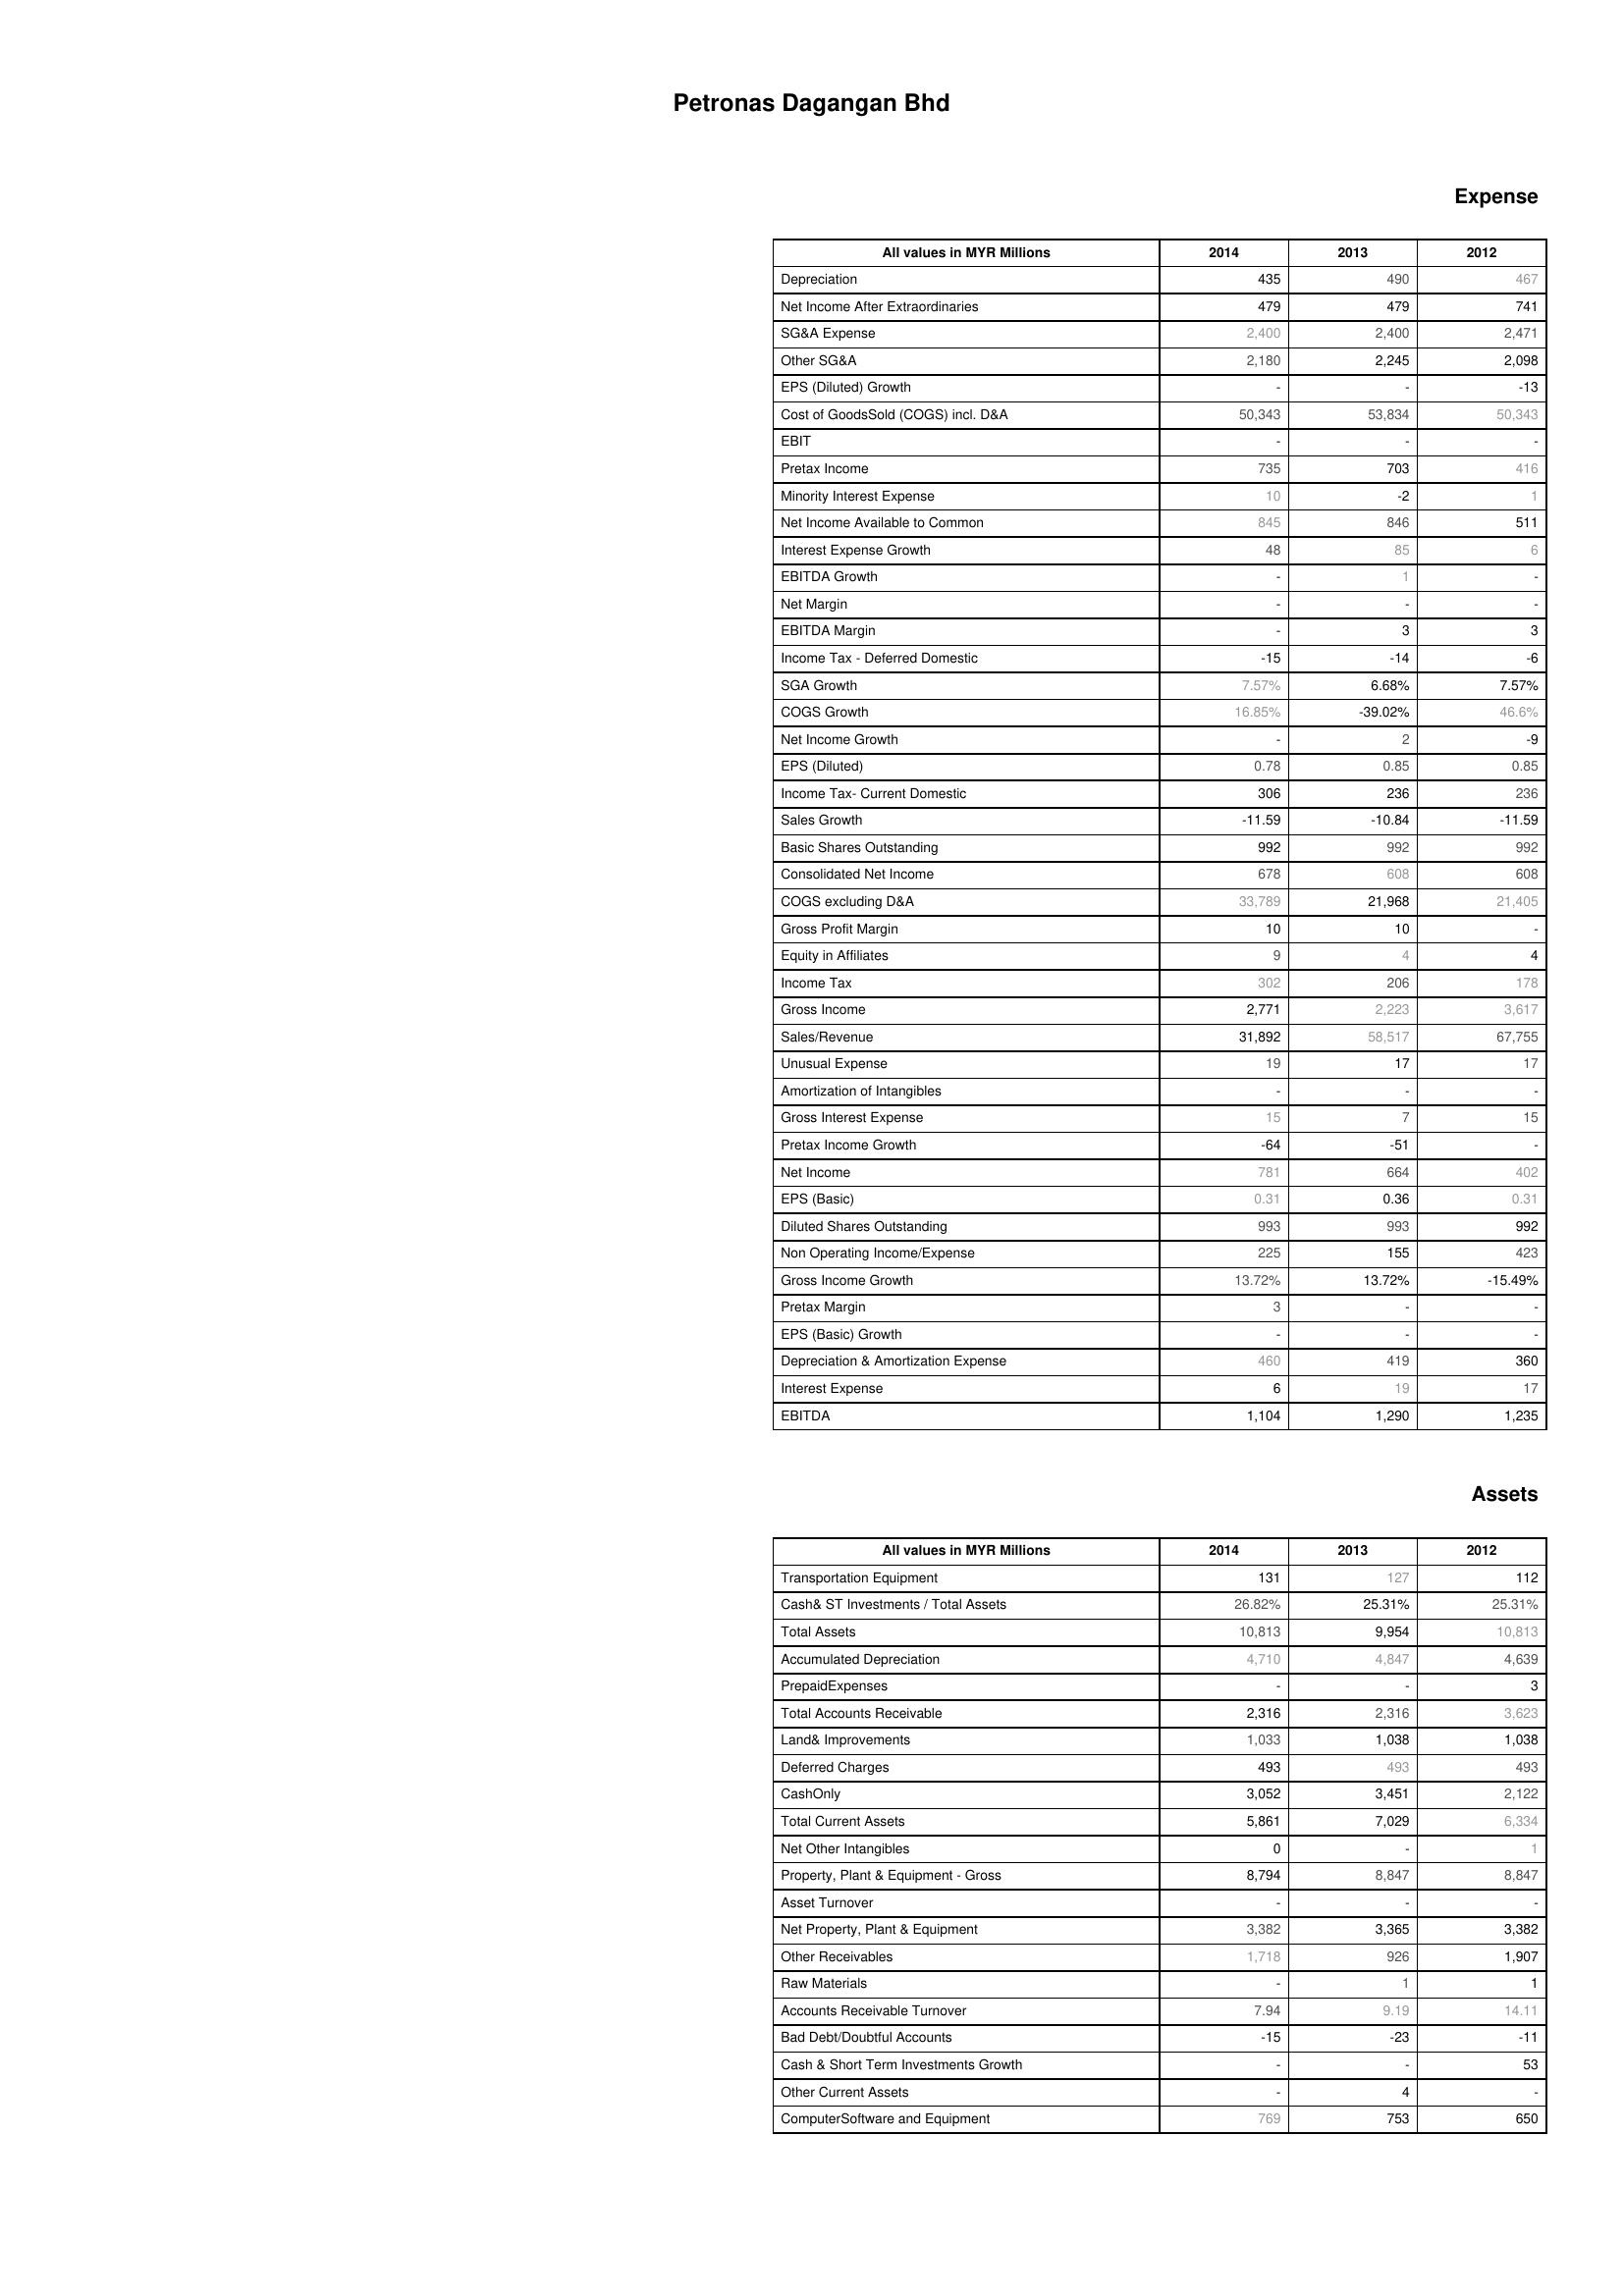
2014: Expense: Depreciation: 435
Net Income After Extraordinaries: 479
SG&A Expense: 2,400
Other SG&A: 2,180
EPS (Diluted) Growth: -
Cost of GoodsSold (COGS) incl. D&A: 50,343
EBIT: -
Pretax Income: 735
Minority Interest Expense: 10
Net Income Available to Common: 845
Interest Expense Growth: 48
EBITDA Growth: -
Net Margin: -
EBITDA Margin: -
Income Tax - Deferred Domestic: -15
SGA Growth: 7.57%
COGS Growth: 16.85%
Net Income Growth: -
EPS (Diluted): 0.78
Income Tax- Current Domestic: 306
Sales Growth: -11.59
Basic Shares Outstanding: 992
Consolidated Net Income: 678
COGS excluding D&A: 33,789
Gross Profit Margin: 10
Equity in Affiliates: 9
Income Tax: 302
Gross Income: 2,771
Sales/Revenue: 31,892
Unusual Expense: 19
Amortization of Intangibles: -
Gross Interest Expense: 15
Pretax Income Growth: -64
Net Income: 781
EPS (Basic): 0.31
Diluted Shares Outstanding: 993
Non Operating Income/Expense: 225
Gross Income Growth: 13.72%
Pretax Margin: 3
EPS (Basic) Growth: -
Depreciation & Amortization Expense: 460
Interest Expense: 6
EBITDA: 1,104
Assets: Transportation Equipment: 131
Cash& ST Investments / Total Assets: 26.82%
Total Assets: 10,813
Accumulated Depreciation: 4,710
PrepaidExpenses: -
Total Accounts Receivable: 2,316
Land& Improvements: 1,033
Deferred Charges: 493
CashOnly: 3,052
Total Current Assets: 5,861
Net Other Intangibles: 0
Property, Plant & Equipment - Gross : 8,794
Asset Turnover: -
Net Property, Plant & Equipment: 3,382
Other Receivables: 1,718
Raw Materials: -
Accounts Receivable Turnover: 7.94
Bad Debt/Doubtful Accounts: -15
Cash & Short Term Investments Growth: -
Other Current Assets: -
ComputerSoftware and Equipment: 769
2013: Expense: Depreciation: 490
Net Income After Extraordinaries: 479
SG&A Expense: 2,400
Other SG&A: 2,245
EPS (Diluted) Growth: -
Cost of GoodsSold (COGS) incl. D&A: 53,834
EBIT: -
Pretax Income: 703
Minority Interest Expense: -2
Net Income Available to Common: 846
Interest Expense Growth: 85
EBITDA Growth: 1
Net Margin: -
EBITDA Margin: 3
Income Tax - Deferred Domestic: -14
SGA Growth: 6.68%
COGS Growth: -39.02%
Net Income Growth: 2
EPS (Diluted): 0.85
Income Tax- Current Domestic: 236
Sales Growth: -10.84
Basic Shares Outstanding: 992
Consolidated Net Income: 608
COGS excluding D&A: 21,968
Gross Profit Margin: 10
Equity in Affiliates: 4
Income Tax: 206
Gross Income: 2,223
Sales/Revenue: 58,517
Unusual Expense: 17
Amortization of Intangibles: -
Gross Interest Expense: 7
Pretax Income Growth: -51
Net Income: 664
EPS (Basic): 0.36
Diluted Shares Outstanding: 993
Non Operating Income/Expense: 155
Gross Income Growth: 13.72%
Pretax Margin: -
EPS (Basic) Growth: -
Depreciation & Amortization Expense: 419
Interest Expense: 19
EBITDA: 1,290
Assets: Transportation Equipment: 127
Cash& ST Investments / Total Assets: 25.31%
Total Assets: 9,954
Accumulated Depreciation: 4,847
PrepaidExpenses: -
Total Accounts Receivable: 2,316
Land& Improvements: 1,038
Deferred Charges: 493
CashOnly: 3,451
Total Current Assets: 7,029
Net Other Intangibles: -
Property, Plant & Equipment - Gross : 8,847
Asset Turnover: -
Net Property, Plant & Equipment: 3,365
Other Receivables: 926
Raw Materials: 1
Accounts Receivable Turnover: 9.19
Bad Debt/Doubtful Accounts: -23
Cash & Short Term Investments Growth: -
Other Current Assets: 4
ComputerSoftware and Equipment: 753
2012: Expense: Depreciation: 467
Net Income After Extraordinaries: 741
SG&A Expense: 2,471
Other SG&A: 2,098
EPS (Diluted) Growth: -13
Cost of GoodsSold (COGS) incl. D&A: 50,343
EBIT: -
Pretax Income: 416
Minority Interest Expense: 1
Net Income Available to Common: 511
Interest Expense Growth: 6
EBITDA Growth: -
Net Margin: -
EBITDA Margin: 3
Income Tax - Deferred Domestic: -6
SGA Growth: 7.57%
COGS Growth: 46.6%
Net Income Growth: -9
EPS (Diluted): 0.85
Income Tax- Current Domestic: 236
Sales Growth: -11.59
Basic Shares Outstanding: 992
Consolidated Net Income: 608
COGS excluding D&A: 21,405
Gross Profit Margin: -
Equity in Affiliates: 4
Income Tax: 178
Gross Income: 3,617
Sales/Revenue: 67,755
Unusual Expense: 17
Amortization of Intangibles: -
Gross Interest Expense: 15
Pretax Income Growth: -
Net Income: 402
EPS (Basic): 0.31
Diluted Shares Outstanding: 992
Non Operating Income/Expense: 423
Gross Income Growth: -15.49%
Pretax Margin: -
EPS (Basic) Growth: -
Depreciation & Amortization Expense: 360
Interest Expense: 17
EBITDA: 1,235
Assets: Transportation Equipment: 112
Cash& ST Investments / Total Assets: 25.31%
Total Assets: 10,813
Accumulated Depreciation: 4,639
PrepaidExpenses: 3
Total Accounts Receivable: 3,623
Land& Improvements: 1,038
Deferred Charges: 493
CashOnly: 2,122
Total Current Assets: 6,334
Net Other Intangibles: 1
Property, Plant & Equipment - Gross : 8,847
Asset Turnover: -
Net Property, Plant & Equipment: 3,382
Other Receivables: 1,907
Raw Materials: 1
Accounts Receivable Turnover: 14.11
Bad Debt/Doubtful Accounts: -11
Cash & Short Term Investments Growth: 53
Other Current Assets: -
ComputerSoftware and Equipment: 650